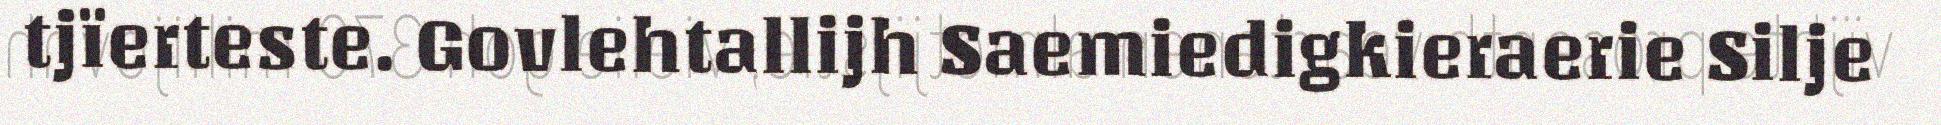
tjïerteste. Govlehtallijh Saemiedigkieraerie Silje